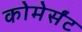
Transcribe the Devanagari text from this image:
कोमेर्संट